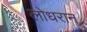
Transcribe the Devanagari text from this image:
लोधरान